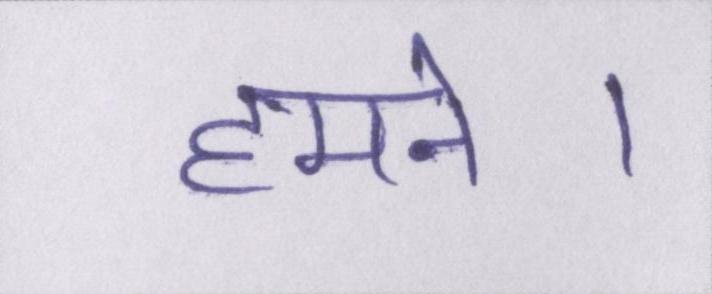
हमने।